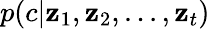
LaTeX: p(c|\mathbf{z}_{1},\mathbf{z}_{2},...,\mathbf{z}_{t})